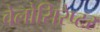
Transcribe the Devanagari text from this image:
वेलोसिरैप्टर